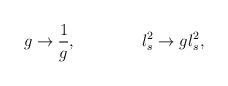
LaTeX: \begin{align*}g\rightarrow {1\over g}, \qquad \qquad l^2_s \rightarrow g l_s^2,\end{align*}